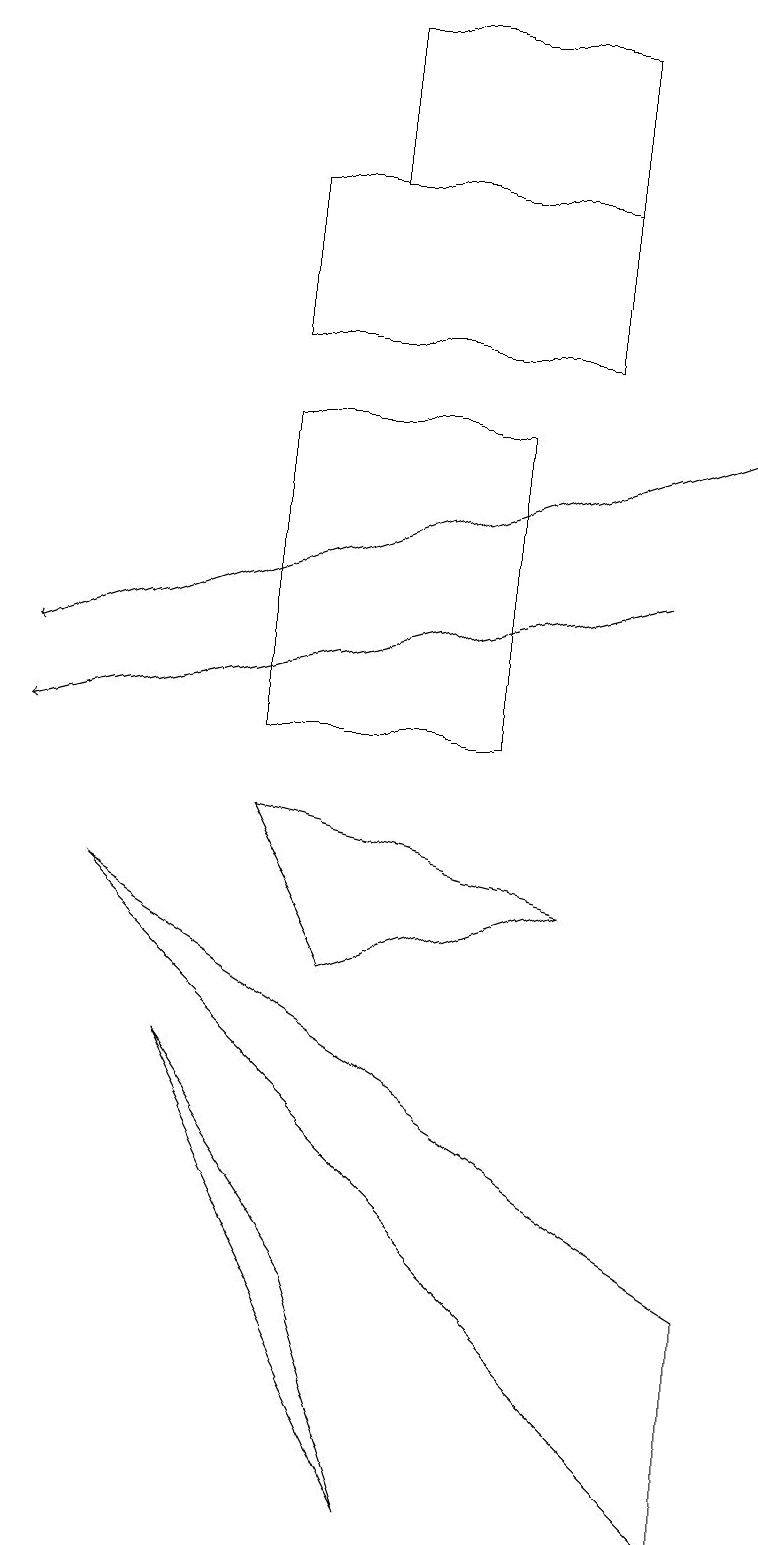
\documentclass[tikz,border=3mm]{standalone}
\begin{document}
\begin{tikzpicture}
\draw[->] (9,14) -- (0,11);
\draw (6,10) rectangle (3,14);
\draw (3,17) rectangle (7,15);
\draw (7,8) -- (3,9) -- (4,7) -- cycle;
\draw (5,0) -- (4,3) -- (2,6) -- cycle;
\draw (4,17) rectangle (7,19);
\draw (9,0) -- (9,3) -- (1,8) -- cycle;
\draw[->] (8,12) -- (0,10);
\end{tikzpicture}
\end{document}